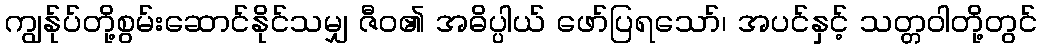
ကျွန်ုပ်တို့စွမ်းဆောင်နိုင်သမျှ ဇီဝ၏ အဓိပ္ပါယ် ဖော်ပြရသော်၊ အပင်နှင့် သတ္တဝါတို့တွင်